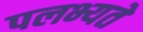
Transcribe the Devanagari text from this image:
पलभ्यते